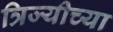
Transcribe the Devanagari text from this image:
त्रिज्यीच्या